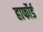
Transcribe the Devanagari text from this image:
हार्फोर्ड